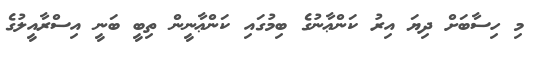
މި ހިސާބަށް ދިޔަ އިރު ކަންޢާނުގެ ބިމުގައި ކަންޢާނީން ތިބީ ބަނީ އިސްރާއީލުގެ